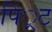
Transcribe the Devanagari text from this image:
पिं्रट